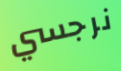
نرجسي